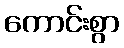
ကောင်းစွာ